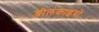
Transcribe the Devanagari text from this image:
श्रीलंकाइयों